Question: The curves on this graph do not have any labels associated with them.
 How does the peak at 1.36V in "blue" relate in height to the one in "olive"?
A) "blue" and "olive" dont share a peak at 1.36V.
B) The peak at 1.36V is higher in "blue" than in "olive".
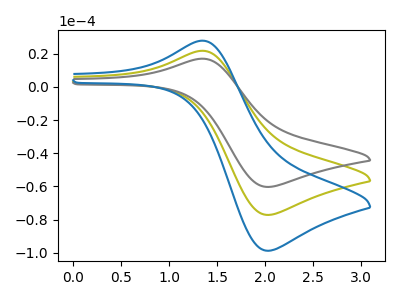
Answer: <think>The olive curve "olive" has an anodic peak at (1.35V, 21.75uA) and a cathodic peak at (2.05V, -77.15uA). The gray curve "gray" has an anodic peak at (1.35V, 43.50uA) and a cathodic peak at (2.05V, -154.30uA). The blue curve "blue" has an anodic peak at (1.35V, 27.85uA) and a cathodic peak at (2.05V, -98.75uA).</think>
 <answer>B) The peak at 1.36V is higher in "blue" than in "olive".</answer>
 <eval>B</eval>